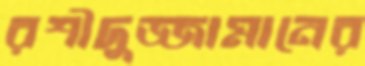
রশীদুজ্জামানের